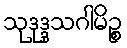
သုဒုဒ္ဒသဂါမိဉ္စ